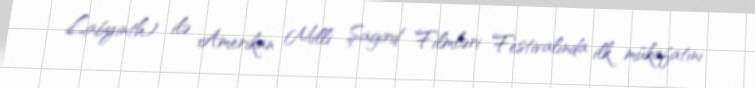
Labyinth) ilə Amerikan Milli Şagird Filmləri Festivalında ilk mükafatını